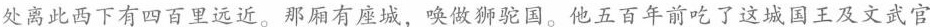
处离此西下有四百里远近。那厢有座城，唤做狮驼国。他五百年前吃了这城国王及文武官